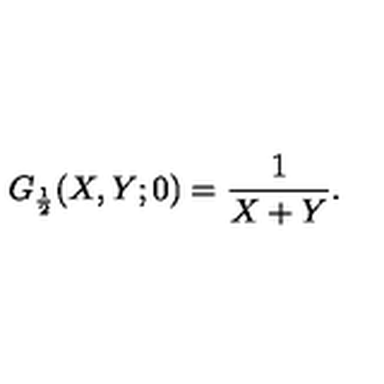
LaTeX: G _ { \frac { 1 } { 2 } } ( X , Y ; 0 ) = \frac { 1 } { X + Y } .